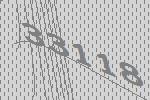
33118